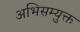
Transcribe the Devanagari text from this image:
अभिसम्युक्त